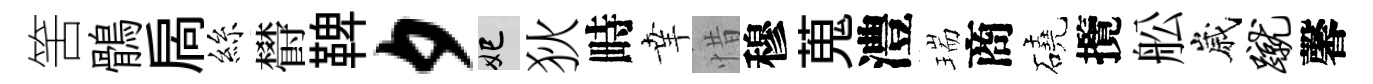
筈鶻扄絲欎鞞夕妃狄畤𦍒惜穆蒐澧瑞商磽攬舩嵗蹴馨